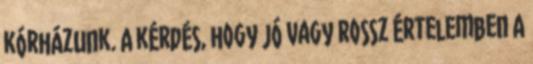
kórházunk. A kérdés, hogy jó vagy rossz értelemben A